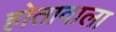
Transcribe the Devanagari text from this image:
होतावाला